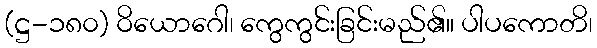
(ဋ္ဌ-၁၈၀) ဝိယောဂေါ၊ ကွေကွင်းခြင်းမည်၏။ ပါပကောတိ၊